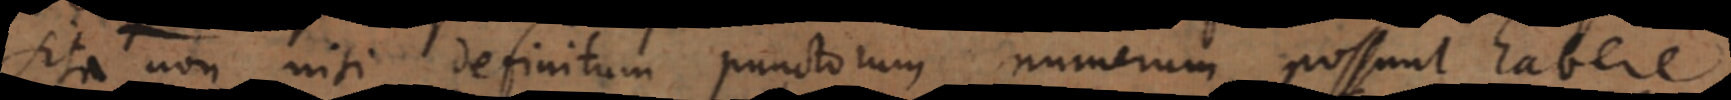
sita non nisi definitum punctorum numerum possunt habere